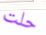
حلت